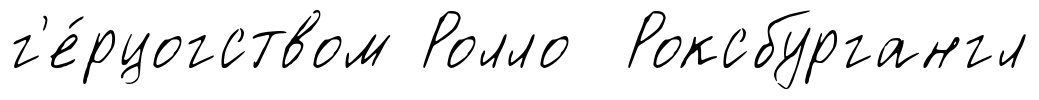
г'е́рцогством Ролло Роксбургангл